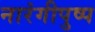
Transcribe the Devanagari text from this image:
नारंगीपुष्प